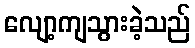
လျော့ကျသွားခဲ့သည်